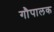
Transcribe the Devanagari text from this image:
गौपालक